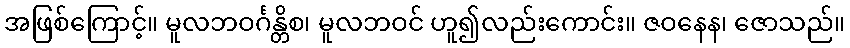
အဖြစ်ကြောင့်။ မူလဘဝင်္ဂန္တိစ၊ မူလဘဝင် ဟူ၍လည်းကောင်း။ ဇဝနေန၊ ဇောသည်။